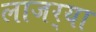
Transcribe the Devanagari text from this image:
लाजर्‍या